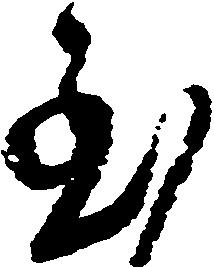
至